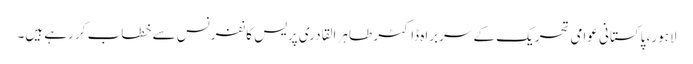
لاہور، پاکستانی عوامی تحریک کے سربراہ ڈاکٹر طاہر القادری پریس کانفرنس سے خطاب کر رہے ہیں۔